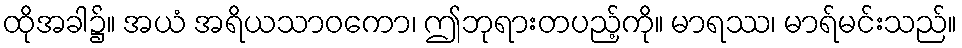
ထိုအခါ၌။ အယံ အရိယသာဝကော၊ ဤဘုရားတပည့်ကို။ မာရဿ၊ မာရ်မင်းသည်။